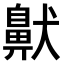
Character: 𫜤